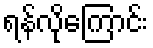
ရန်လိုကြောင်း